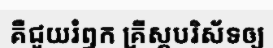
គឺជួយរំឭក គ្រីស្តបរិស័ទឲ្យ